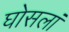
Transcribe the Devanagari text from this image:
घोसलां